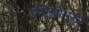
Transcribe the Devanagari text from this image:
होऍत्सालर्न